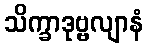
သိက္ခာဒုဗ္ဗလျာနံ